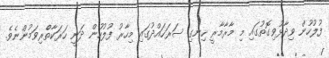
ފުލުހުން ވިދާޅުވިގޮތުގައި މި މާރާމާރީ ހިނގި ސަރަހައްދުގައި މިހާރު ފުލުހުން ދަނީ ހަރަކާތްެރިވަމުންނެވެ.